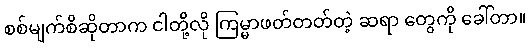
စစ်မျက်စိဆိုတာက ငါတို့လို ကြမ္မာဖတ်တတ်တဲ့ ဆရာ တွေကို ခေါ်တာ။